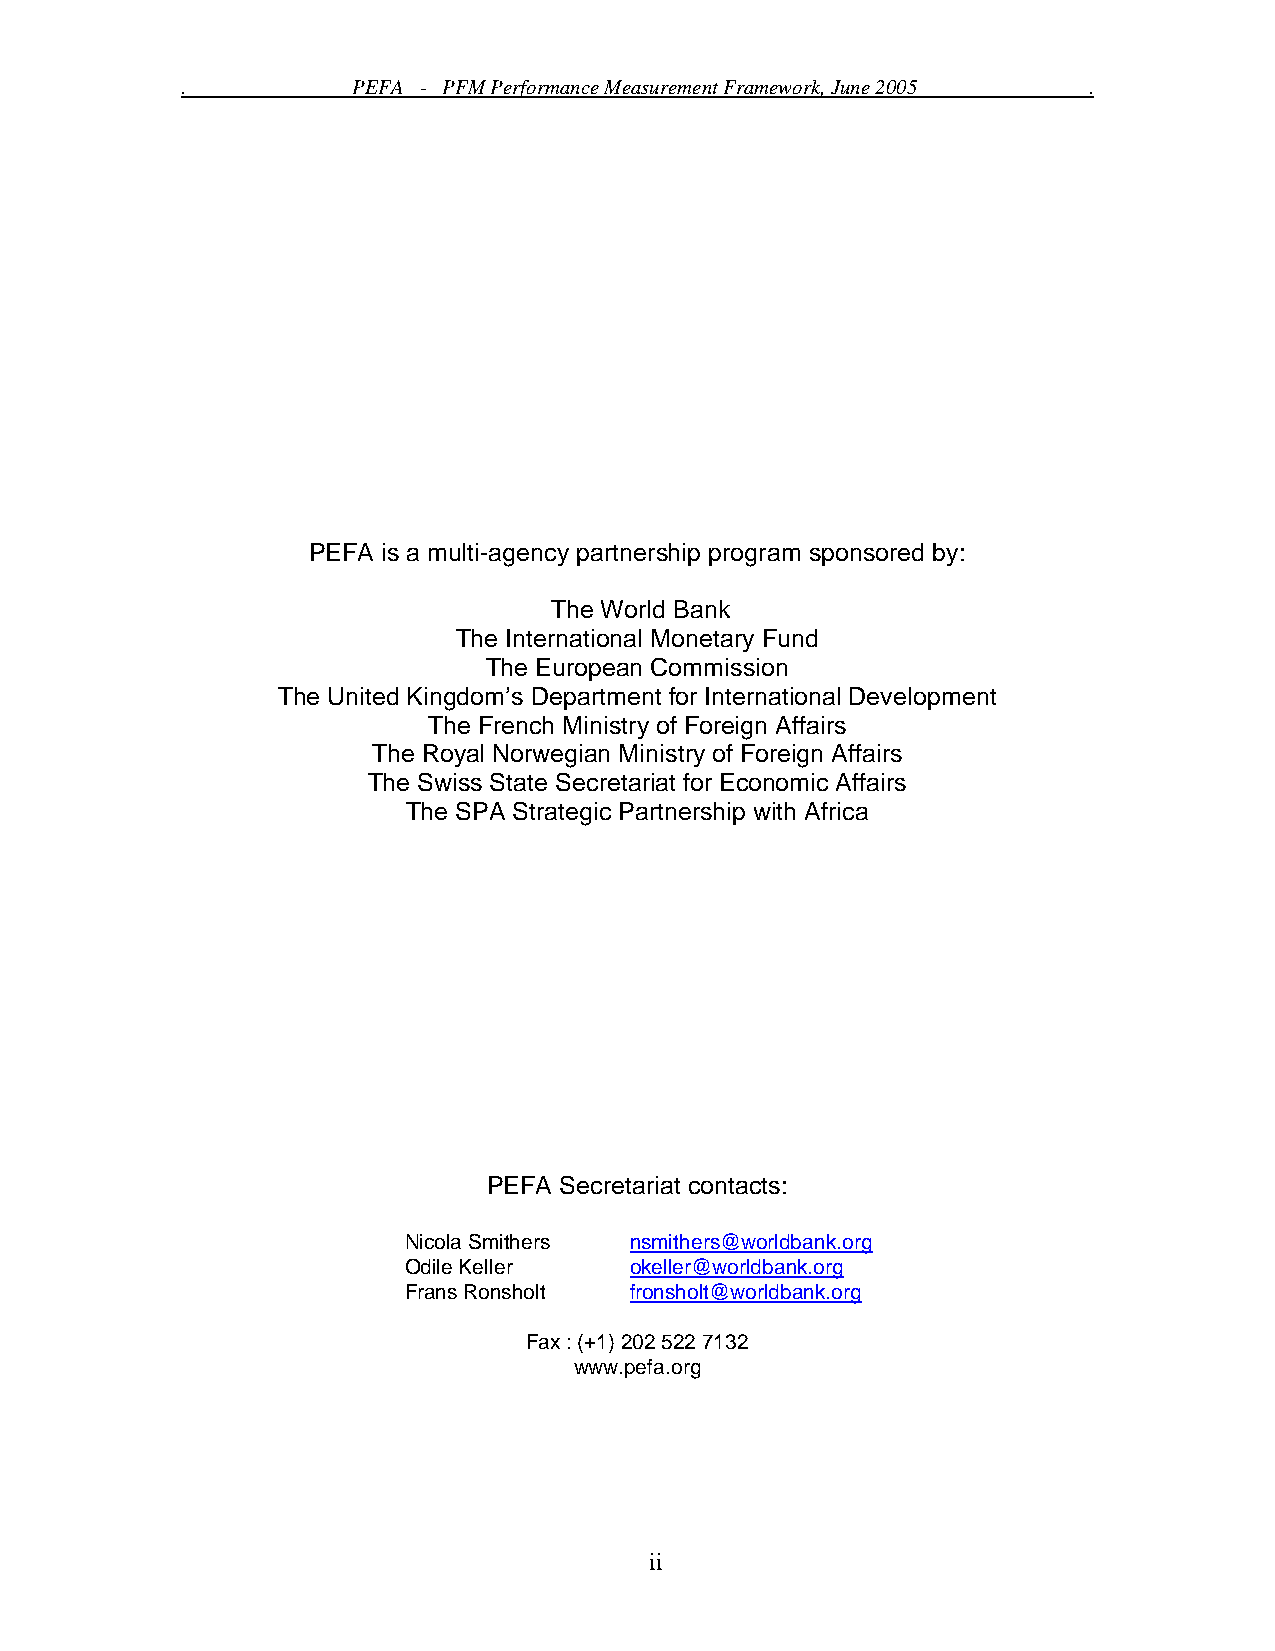
.          PEFA - PFM Performance Measurement Framework, June 2005 .
 PEFA is a multi-agency partnership program sponsored by:
 The World Bank
 The International Monetary Fund
 The European Commission
 The United Kingdom’s Department for International Development
 The French Ministry of Foreign Affairs
 The Royal Norwegian Ministry of Foreign Affairs
 The Swiss State Secretariat for Economic Affairs
 The SPA Strategic Partnership with Africa
 PEFA Secretariat contacts:
 Nicola Smithers nsmithers@worldbank.org
 Odile Keller   okeller@worldbank.org
 Frans Ronsholt fronsholt@worldbank.org
 Fax : (+1) 202 522 7132
 www.pefa.org
 ii